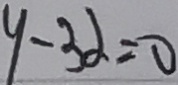
y - 3 \alpha = 0